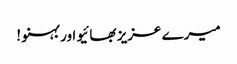
میرے عزیز بھائیو اور بہنو !